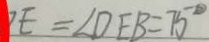
E = \angle D E B = 7 5 ^ { \circ }